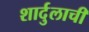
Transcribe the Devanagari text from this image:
शार्दुलाची